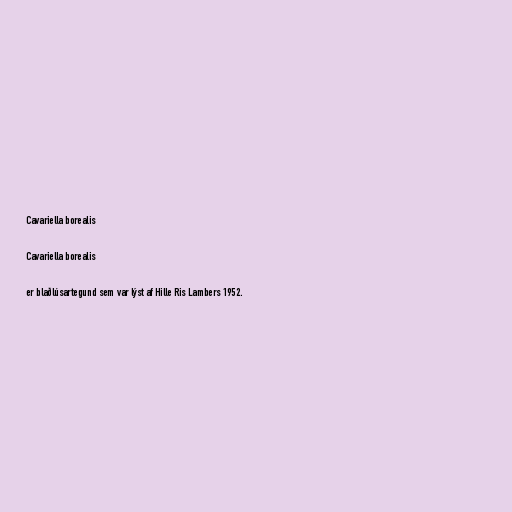
Cavariella borealis

Cavariella borealis

er blaðlúsartegund sem var lýst af Hille Ris Lambers 1952.